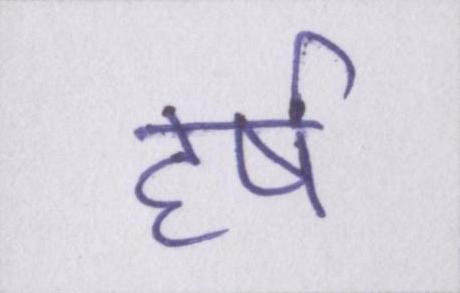
हर्ष